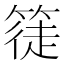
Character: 𥱰